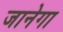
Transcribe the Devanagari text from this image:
जानेगा